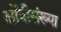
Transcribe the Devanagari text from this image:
ओंवीसंख्या